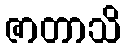
ဇာတာသိ